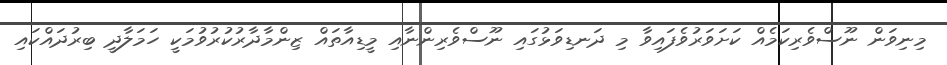
މިނިވަން ނޫސްވެރިކަމެއް ކަށަވަރުވެފައިވާ މި ދަނޑިވަޅުގައި ނޫސްވެރިންނާއި މީޑިއާތައް ޒިންމާދާރުކުރުވުމަކީ ހަމަލާދީ ބިރުދައްކައި